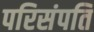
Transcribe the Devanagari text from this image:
परिसंपति